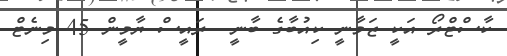
ކާސްޓްރޯ އަކީ ޒަމާނީ ކިއުބާގެ ބާނީ  ރައީސް ޔާމީން 45 މިނެޓް